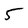
Character: 5